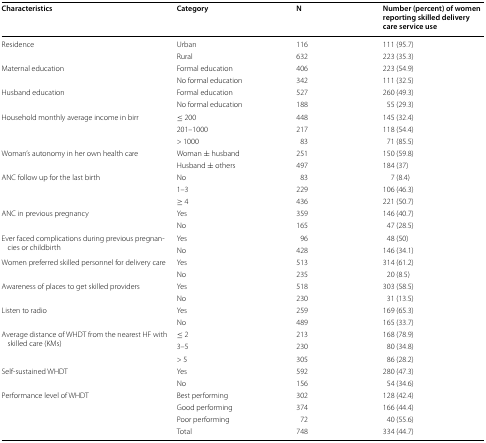
| Characteristics | Category | N | Number (percent) of women reporting skilled delivery care service use |
 | --- | --- | --- | --- |
 | <ROWSPAN=2> Residence | Urban | 116 | 111 (95.7) |
 | Rural | 632 | 223 (35.3) |
 | <ROWSPAN=2> Maternal education | Formal education | 406 | 223 (54.9) |
 | No formal education | 342 | 111 (32.5) |
 | <ROWSPAN=2> Husband education | Formal education | 527 | 260 (49.3) |
 | No formal education | 188 | 55 (29.3) |
 | <ROWSPAN=3> Household monthly average income in birr | ≤ 200 | 448 | 145 (32.4) |
 | 201–1000 | 217 | 118 (54.4) |
 | > 1000 | 83 | 71 (85.5) |
 | <ROWSPAN=2> Woman’s autonomy in her own health care | Woman ± husband | 251 | 150 (59.8) |
 | Husband ± others | 497 | 184 (37) |
 | <ROWSPAN=3> ANC follow up for the last birth | No | 83 | 7 (8.4) |
 | 1–3 | 229 | 106 (46.3) |
 | ≥ 4 | 436 | 221 (50.7) |
 | <ROWSPAN=2> ANC in previous pregnancy | Yes | 359 | 146 (40.7) |
 | No | 165 | 47 (28.5) |
 | <ROWSPAN=2> Ever faced complications during previous pregnancies or childbirth | Yes | 96 | 48 (50) |
 | No | 428 | 146 (34.1) |
 | <ROWSPAN=2> Women preferred skilled personnel for delivery care | Yes | 513 | 314 (61.2) |
 | No | 235 | 20 (8.5) |
 | <ROWSPAN=2> Awareness of places to get skilled providers | Yes | 518 | 303 (58.5) |
 | No | 230 | 31 (13.5) |
 | <ROWSPAN=2> Listen to radio | Yes | 259 | 169 (65.3) |
 | No | 489 | 165 (33.7) |
 | <ROWSPAN=3> Average distance of WHDT from the nearest HF with skilled care (KMs) | ≤ 2 | 213 | 168 (78.9) |
 | 3–5 | 230 | 80 (34.8) |
 | > 5 | 305 | 86 (28.2) |
 | <ROWSPAN=2> Self-sustained WHDT | Yes | 592 | 280 (47.3) |
 | No | 156 | 54 (34.6) |
 | <ROWSPAN=4> Performance level of WHDT | Best performing | 302 | 128 (42.4) |
 | Good performing | 374 | 166 (44.4) |
 | Poor performing | 72 | 40 (55.6) |
 | Total | 748 | 334 (44.7) |